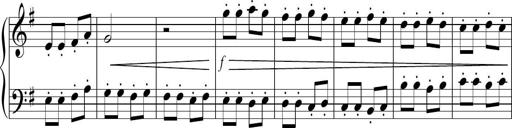
Title: Sonatina no. 2
Composer: Brian Henderson-Sellers
Key: G major